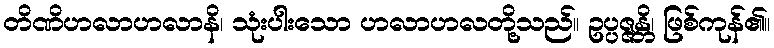
တိဏိဟလာဟလာနိ၊ သုံးပါးသော ဟလာဟလတို့သည်။ ဥပ္ပဇ္ဇန္တိ၊ ဖြစ်ကုန်၏။